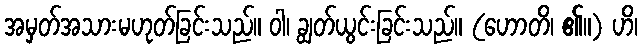
အမှတ်အသားမဟုတ်ခြင်းသည်။ ဝါ၊ ချွတ်ယွင်းခြင်းသည်။ (ဟောတိ၊ ၏။) ဟိ၊